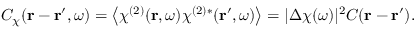
C _ { \chi } ( \boldsymbol { \mathbf { r } } - \boldsymbol { \mathbf { r } } ^ { \prime } , \omega ) = \left\langle \chi ^ { ( 2 ) } ( \boldsymbol { \mathbf { r } } , \omega ) \chi ^ { ( 2 ) * } ( \boldsymbol { \mathbf { r } } ^ { \prime } , \omega ) \right\rangle = | \Delta \chi ( \omega ) | ^ { 2 } C ( \boldsymbol { \mathbf { r } } - \boldsymbol { \mathbf { r } } ^ { \prime } ) .